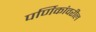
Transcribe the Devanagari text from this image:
पर्णिकांवरील